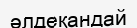
әлдеқандай